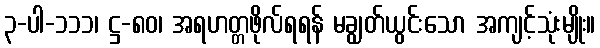
၃-ပါ-၁၁၁၊ ဋ္ဌ-၈၀၊ အရဟတ္တဖိုလ်ရရန် မချွတ်ယွင်းသော အကျင့်သုံးမျိုး။